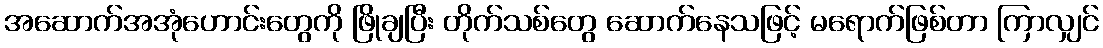
အဆောက်အအုံဟောင်းတွေကို ဖြိုချပြီး တိုက်သစ်တွေ ဆောက်နေသဖြင့် မရောက်ဖြစ်တာ ကြာလျှင်